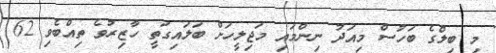
މި ބިލްގެ ބަހުސް މިއަދު ނިންމައި މަޖިލީހަށް ބަލައިގަތީ ހާޒިރުވެ ތިއްބެވި 62